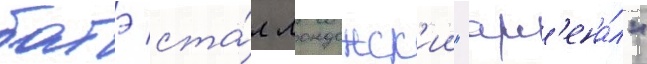
батэ ста́л лондонск'ии "арс'ена́л"